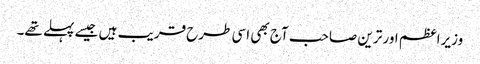
وزیراعظم اور ترین صاحب آج بھی اسی طرح قریب ہیں جیسے پہلے تھے۔